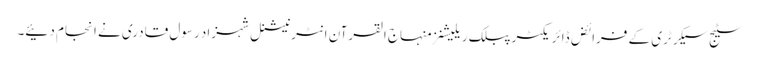
سٹیج سیکرٹری کے فرائض ڈائریکٹر پبلک ریلیشنز منہاج القرآن انٹرنیشنل شہزاد رسول قادری نے انجام دئیے۔